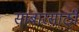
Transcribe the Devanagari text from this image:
सांबारसाठी